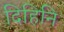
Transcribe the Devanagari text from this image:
दिहिनि